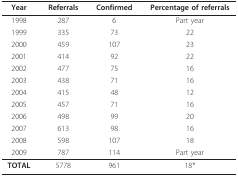
<table><thead><tr><td><b>Year</b></td><td><b>Referrals</b></td><td><b>Confirmed</b></td><td><b>Percentage of referrals</b></td></tr></thead><tbody><tr><td>1998</td><td>287</td><td>6</td><td>Part year</td></tr><tr><td>1999</td><td>335</td><td>73</td><td>22</td></tr><tr><td>2000</td><td>459</td><td>107</td><td>23</td></tr><tr><td>2001</td><td>414</td><td>92</td><td>22</td></tr><tr><td>2002</td><td>477</td><td>75</td><td>16</td></tr><tr><td>2003</td><td>438</td><td>71</td><td>16</td></tr><tr><td>2004</td><td>415</td><td>48</td><td>12</td></tr><tr><td>2005</td><td>457</td><td>71</td><td>16</td></tr><tr><td>2006</td><td>498</td><td>99</td><td>20</td></tr><tr><td>2007</td><td>613</td><td>98</td><td>16</td></tr><tr><td>2008</td><td>598</td><td>107</td><td>18</td></tr><tr><td>2009</td><td>787</td><td>114</td><td>Part year</td></tr><tr><td><b>TOTAL</b></td><td>5778</td><td>961</td><td>18*</td></tr></tbody></table>